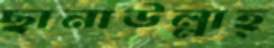
ছানাউল্লাহ্